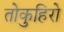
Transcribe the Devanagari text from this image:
तोकुहिरो